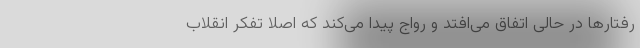
رفتارها در حالی اتفاق می‌افتد و رواج پیدا می‌کند که اصلا تفکر انقلاب